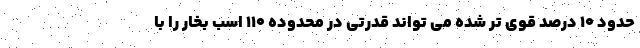
حدود ۱۰ درصد قوی تر شده می تواند قدرتی در محدوده ۱۱۰ اسب بخار را با